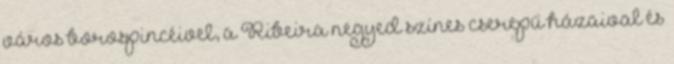
város borospincéivel, a Ribeira negyed színes cserepű házaival és